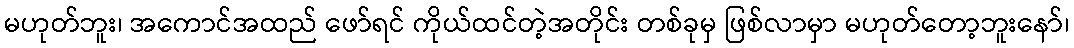
မဟုတ်ဘူး၊ အကောင်အထည် ဖော်ရင် ကိုယ်ထင်တဲ့အတိုင်း တစ်ခုမှ ဖြစ်လာမှာ မဟုတ်တော့ဘူးနော်၊